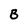
Character: B